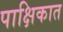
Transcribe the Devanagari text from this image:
पाक्षिकात